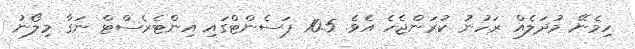
ހިމެނޭ މުދަލެއް ރަހުނު ކުރަންޖެހެ އެވެ. 10.5 ޕަސެންޓްގައި އިންޓެރެސްޓް ނަގާ މިލޯނު